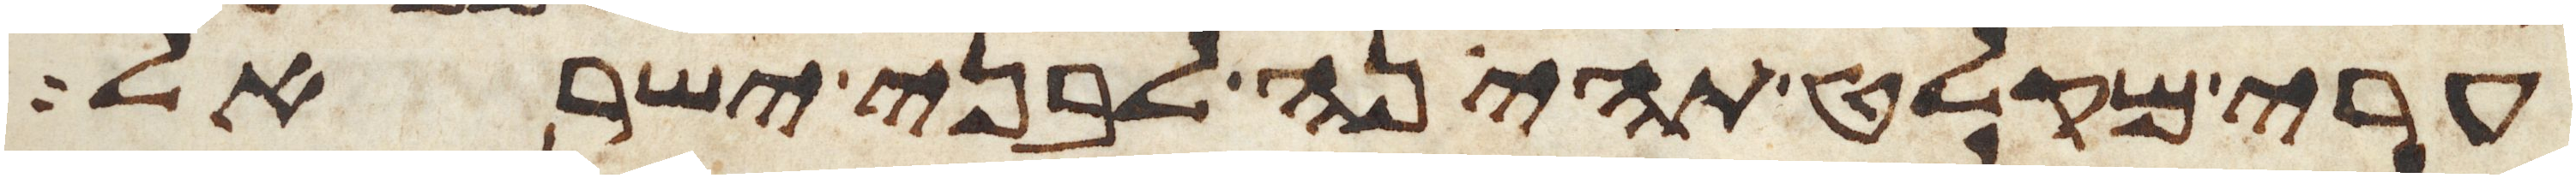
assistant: ערי מקלט תהינה לבני ישראל